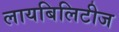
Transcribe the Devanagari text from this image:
लायबिलिटीज